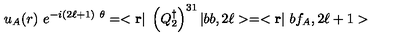
u _ { A } ( { r } ) \ e ^ { - i ( 2 \ell + 1 ) \ \theta } = < { \bf r } | \ \left( Q _ { 2 } ^ { \dagger } \right) ^ { 3 1 } | b b , 2 \ell > = < { \bf r } | \ b f _ { A } , 2 \ell + 1 >